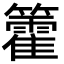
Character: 籗